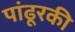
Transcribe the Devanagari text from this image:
पांढूरकी